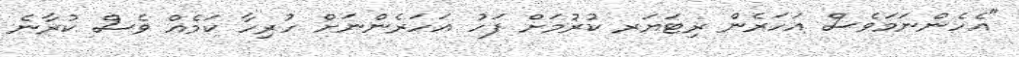
"އެހެންނަމަވެސް އަހަރެން ރިޓަޔަރ ކުރުމަށް ފަހު އަހަރެންނަށް ހުރިހާ ކަމެއް ވެސް ކުރާނެ